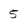
Character: 5